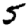
Digit: 5